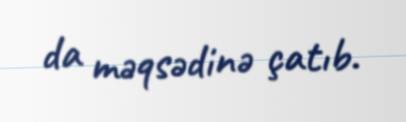
da məqsədinə çatıb.